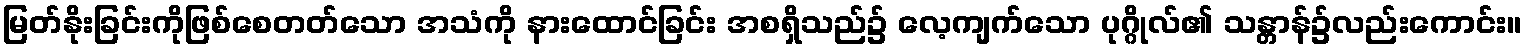
မြတ်နိုးခြင်းကိုဖြစ်စေတတ်သော အသံကို နားထောင်ခြင်း အစရှိသည်၌ လေ့ကျက်သော ပုဂ္ဂိုလ်၏ သန္တာန်၌လည်းကောင်း။